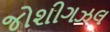
જોશીગઝલ